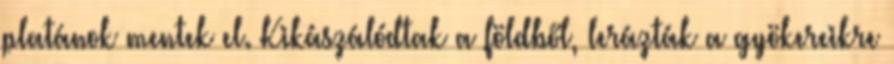
platánok mentek el. Kikászálódtak a földből, lerázták a gyökereikre